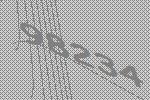
98234